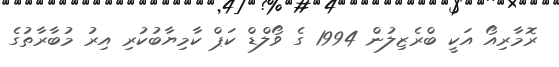
ރޮމާރިއޯ އަކީ ބްރެޒިލުން 1994 ގެ ވޯލްޑް ކަޕް ކާމިޔާބުކުރި އިރު މުބާރާތުގެ